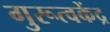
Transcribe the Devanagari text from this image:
गुरूत्वकेंद्र